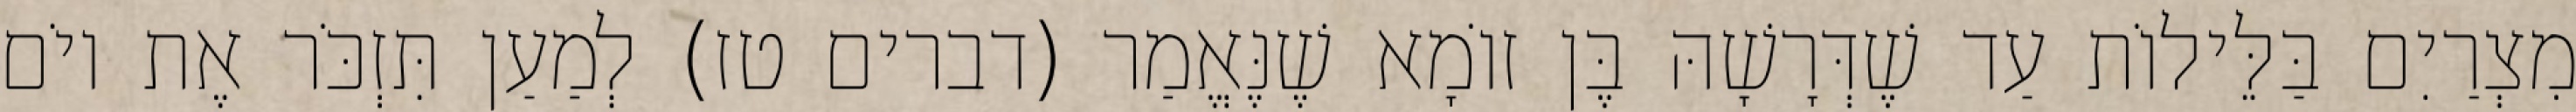
מִצְרַיִם בַּלֵּילוֹת עַד שֶׁדְּרָשָׁהּ בֶּן זוֹמָא שֶׁנֶּאֱמַר (דברים טז) לְמַעַן תִּזְכֹּר אֶת יוֹם